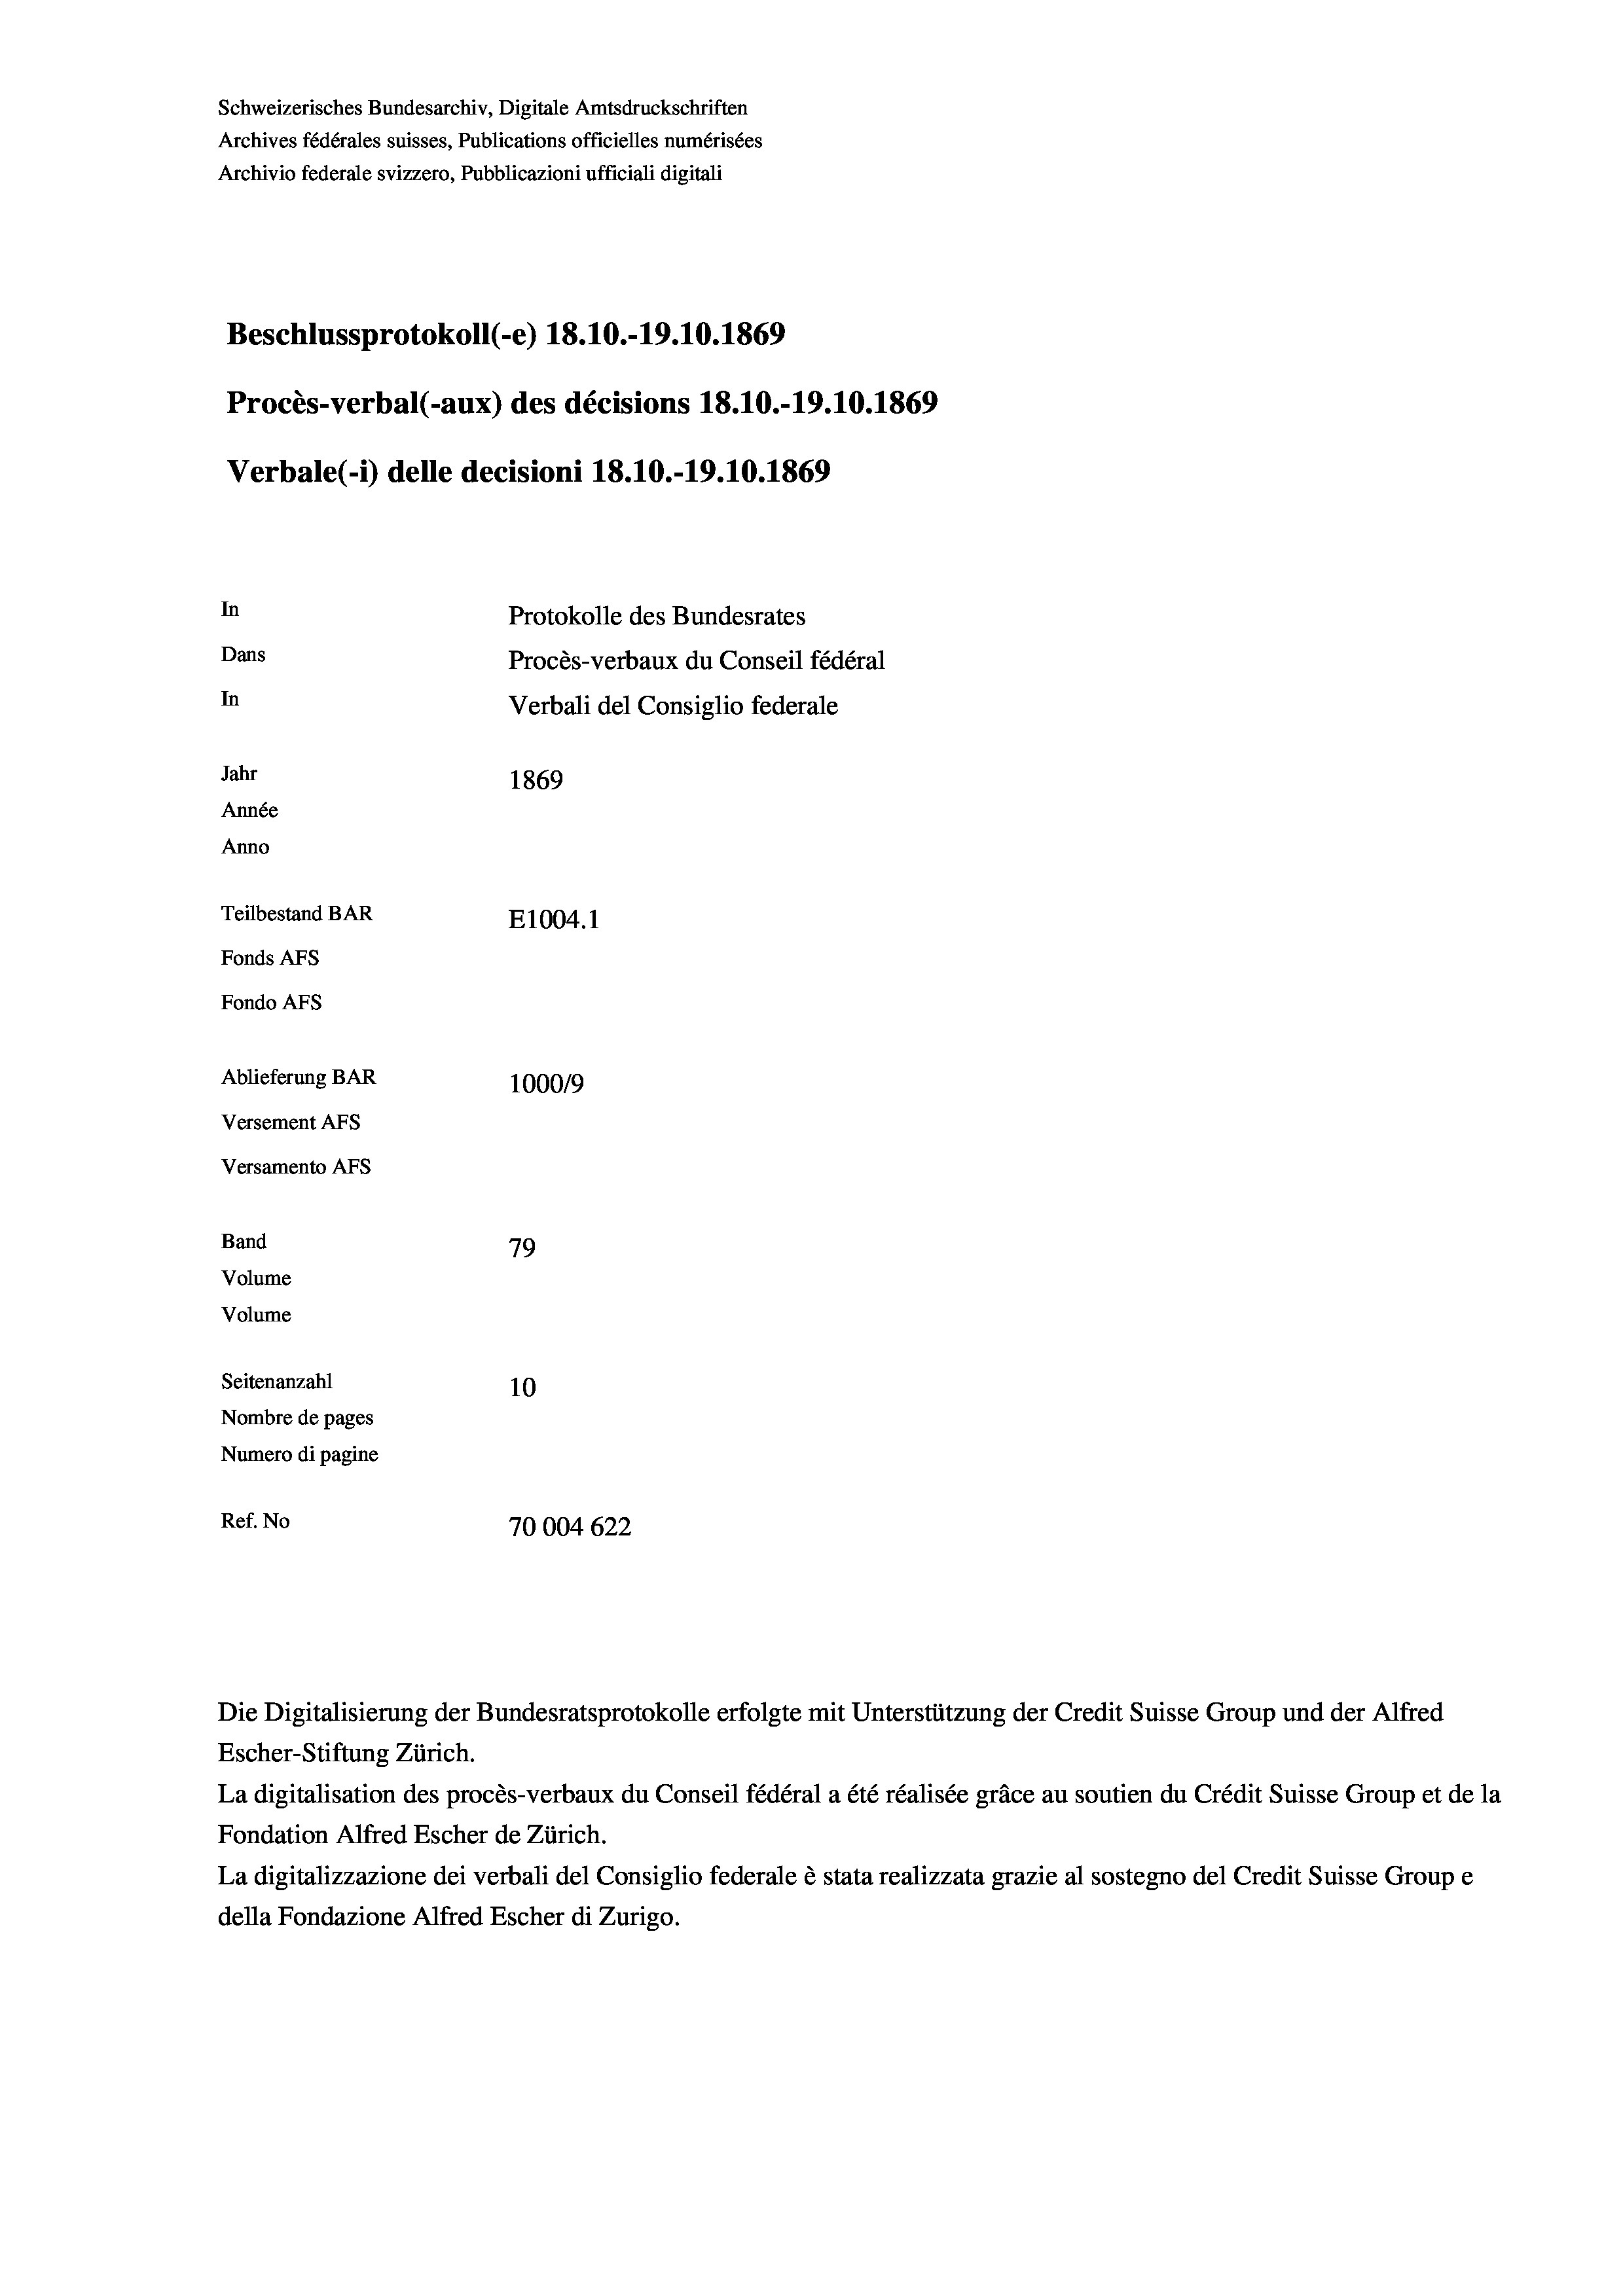
Schweizerisches Bundesarchiv, Digitale Amtsdruckschriften
Archives fédérales suisses, Publications officielles numérisées
Archivio federale svizzero, Pubblicazioni ufficiali digitali
Beschlussprotokoll (-e) 18.10.-19.10.1869
Procès-verbal (-aux) des décisions 18.10.-19.10.1869
Verbale (- 1) delle decisioni 18.10.-19.10.1869
In
Protokolle des Bundesrates
Dans
Procès-verbaux du Conseil fédéral
In
Verbali del Consiglio federale
Jahr
1869
Année
Anno
Teilbestand BAR
E1004.1
Fonds AFs
Fondo AFs
Ablieferung BAR
100019
Versement AFs
Versamento AFs
Band
79
Volume
Volume
Seitenanzahl
10
Nombre de pages
Numero di pagine
Ref. No
70004 622

Die Digitalisierung der Bundesratsprotokolle erfolgte mit Unterstützung der Credit Suisse Group und der Alfred

Escher-Stiftung Zürich.
La digitalisation des procès-verbaux du Conseil fédéral a été réalisée gräce au soutien du Crédit Suisse Group et de la
Fondation Alfred Escher de Zürich.
La digitalizzazione dei verbali del Consiglio federale è stata realizzata grazie al sostegno del Credit Suisse Groupe
della Fondazione Alfred Escher di Zurigo.